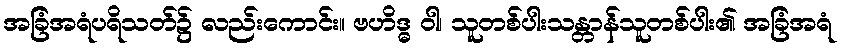
အခြံအရံပရိသတ်၌ လည်းကောင်း။ ဗဟိဒ္ဓ ဝါ၊ သူတစ်ပါးသန္တာန်သူတစ်ပါး၏ အခြံအရံ